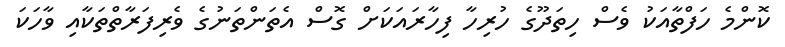
ކޮންމެ ހަފްތާއަކު ވެސް ހިތަދޫގެ ހުރިހާ ފިހާރައަކަށް ގޮސް އެތަންތަނުގެ ވެރިފަރާތްތަކާއި ވާހަކަ